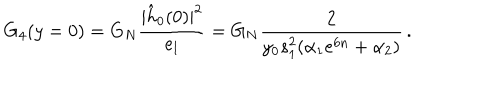
G _ { 4 } ( y = 0 ) = G _ { N } { \frac { | \hat { h } _ { 0 } ( 0 ) | ^ { 2 } } { e _ { l } } } = G _ { N } { \frac { 2 } { y _ { 0 } s _ { 1 } ^ { 2 } ( \alpha _ { 1 } e ^ { 6 n } + \alpha _ { 2 } ) } } \, .